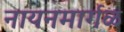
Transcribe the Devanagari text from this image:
नायनमार्गळ